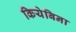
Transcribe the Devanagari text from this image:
कियेबिना